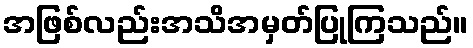
အဖြစ်လည်းအသိအမှတ်ပြုကြသည်။